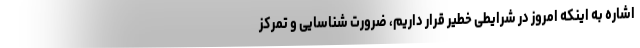
اشاره به اینکه امروز در شرایطی خطیر قرار داریم، ضرورت شناسایی و تمرکز